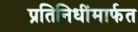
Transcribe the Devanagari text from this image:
प्रतिनिधींमार्फत